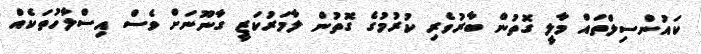
ކައުންސިލްތައް މާލީ ގޮތުން ބާރުވެރި ކުރުމުގެ ގޮތުން ލާމަރުކަޒީ ގާނޫނަށް ވެސް އިސްލާހުތަކެއް